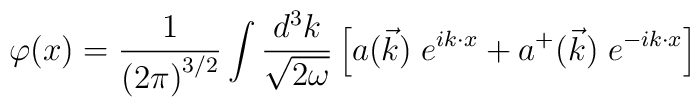
\varphi (x)= \frac {1} {\left(2\pi\right)^{3/2}}\int\frac {d^3k} {\sqrt{2\omega}} \left[ a(\vec{k})\; e^{ik\cdot x} +a^{+}(\vec{k})\; e^{-ik\cdot x} \right]